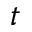
t